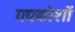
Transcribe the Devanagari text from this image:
गद्यकोशों